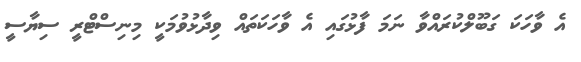
އެ ވާހަކަ ގަބޫލްކުރައްވާ ނަމަ ފާޅުގައި އެ ވާހަކަތައް ވިދާޅުވުމަކީ މިނިސްޓްރީ ސިޔާސީ